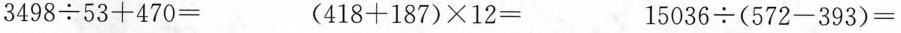
$$3 4 9 8 ÷ 5 3 + 4 7 0 =$$ $$( 4 1 8 + 1 8 7 ) × 1 2 =$$ $$1 5 0 3 6 ÷ ( 5 7 2 - 3 9 3 ) =$$